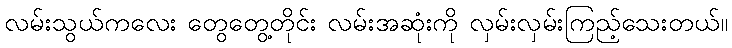
လမ်းသွယ်ကလေး တွေတွေ့တိုင်း လမ်းအဆုံးကို လှမ်းလှမ်းကြည့်သေးတယ်။